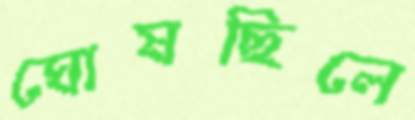
ঘোষছিলে